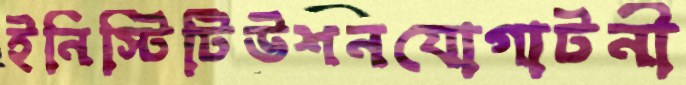
ইনিস্টিটিউশনযোগাটনী